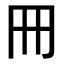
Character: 𠕁